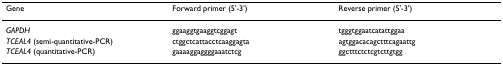
<table><thead><tr><td><b>Gene</b></td><td><b>Forward primer (5&#x27;-3&#x27;)</b></td><td><b>Reverse primer (5&#x27;-3&#x27;)</b></td></tr></thead><tbody><tr><td><i>GAPDH</i></td><td>ggaaggtgaaggtcggagt</td><td>tgggtggaatcatattggaa</td></tr><tr><td><i>TCEAL4 </i>(semi-quantitative-PCR)</td><td>ctggctcattacctcaaggagta</td><td>agtggacacagctttcagaattg</td></tr><tr><td><i>TCEAL4 </i>(quantitative-PCR)</td><td>gaaaaggaggggaaatctcg</td><td>ggctttctctcgtcttgtgg</td></tr></tbody></table>